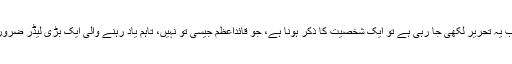
آج جب یہ تحریر لکھی جا رہی ہے تو ایک شخصیت کا ذکر ہونا ہے، جو قائداعظم جیسی تو نہیں، تاہم یاد رہنے والی ایک بڑی لیڈر ضرور ہے۔